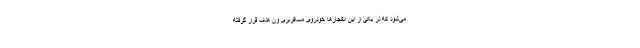
می‌شود که در یکی از این انفجارها خودروی مسافربری ون هدف قرار گرفته